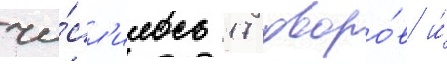
чи́сл'илось 17 дворо́в и́